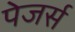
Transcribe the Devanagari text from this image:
पेजर्स